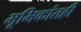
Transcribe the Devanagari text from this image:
भूमिकांतही